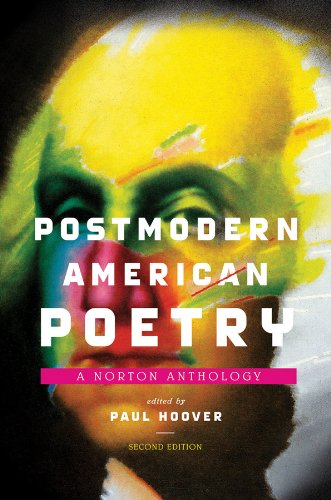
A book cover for Postmodern American Poetry: A Norton Anthology (Second Edition); Literature & Fiction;